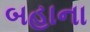
બહાના